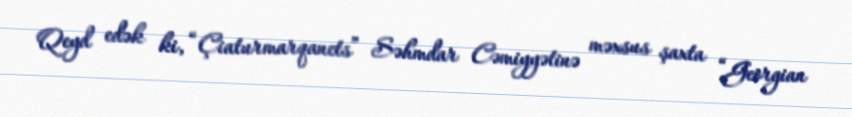
Qeyd edək ki, “Çiaturmarqanets” Səhmdar Cəmiyyətinə məxsus şaxta “Georgian